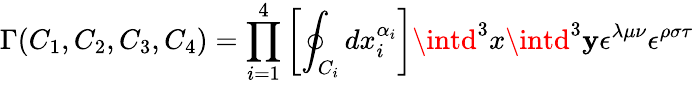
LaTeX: \Gamma(C_{1},C_{2},C_{3},C_{4})=\prod_{i=1}^{4}\left[\oint_{C_{i}}dx_{i}^{\alpha_{i}}\right]\intd^{3}x\intd^{3}\mathbf{y}\epsilon^{\lambda\mu\nu}\epsilon^{\rho\sigma\tau}